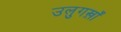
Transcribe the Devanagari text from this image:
उलुगख़ाँ